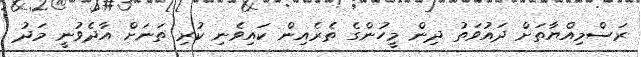
ރަސްމިއްޔާތަށް ދައުވަތު ދިން މީހުންގެ ތެރެއިން ކައިވެނި ކުރި ތަނަށް އާދެވުނީ މަދު